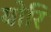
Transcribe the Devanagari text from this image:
योरि